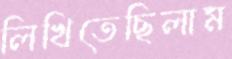
লিখিতেছিলাম